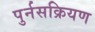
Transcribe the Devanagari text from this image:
पुर्नसक्रियण